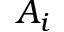
A _ { i }